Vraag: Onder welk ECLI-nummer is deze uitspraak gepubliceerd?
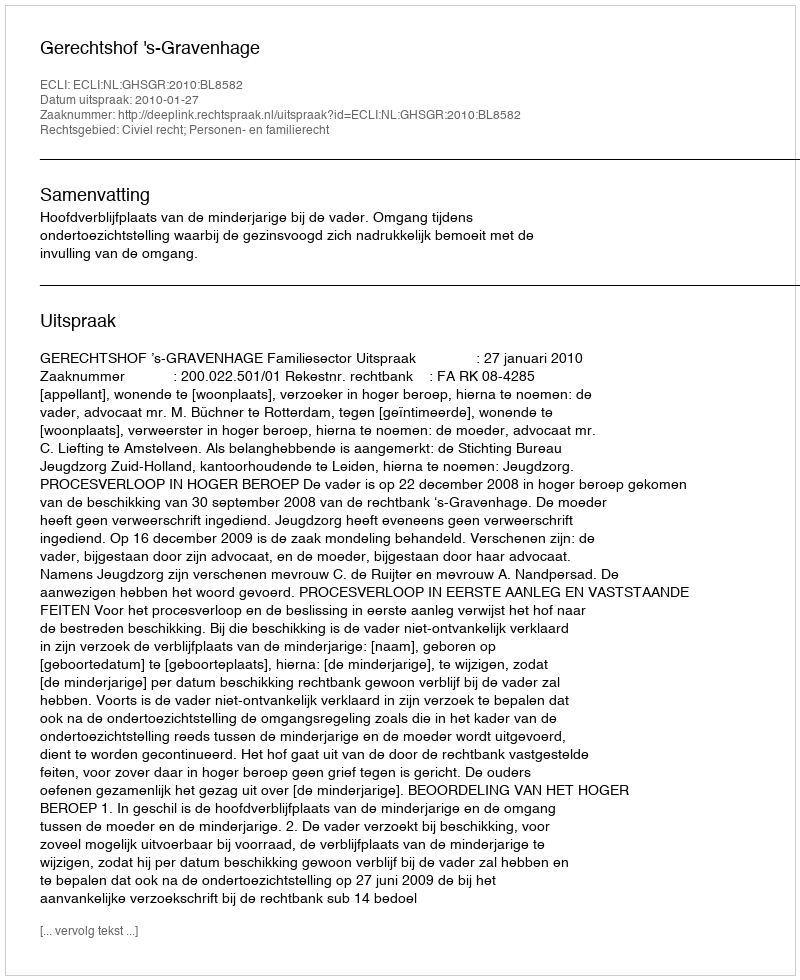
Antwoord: ECLI:NL:GHSGR:2010:BL8582